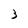
Character: 3